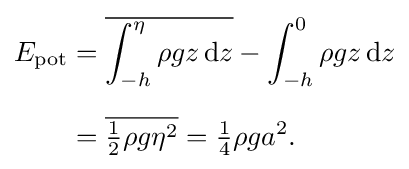
{\begin{aligned}E_{\text{pot}}&={\overline {\int _{-h}^{\eta }\rho gz\,\mathrm {d} z}}-\int _{-h}^{0}\rho gz\,\mathrm {d} z\\[6px]&={\overline {{\tfrac {1}{2}}\rho g\eta ^{2}}}={\tfrac {1}{4}}\rho ga^{2}.\end{aligned}}